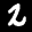
Label: 2